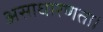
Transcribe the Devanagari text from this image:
असाधारणता।